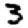
Digit: 3